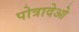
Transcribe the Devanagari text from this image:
पोत्रादेओ